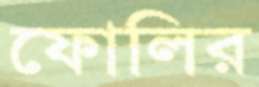
ফোলির